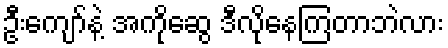
ဦးကျော်နဲ့ အကိုဆွေ ဒီလိုနေကြတာဘဲလား